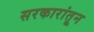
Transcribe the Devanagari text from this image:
सरकारांतून